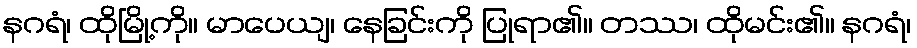
နဂရံ၊ ထိုမြို့ကို။ မာပေယျ၊ နေခြင်းကို ပြုရာ၏။ တဿ၊ ထိုမင်း၏။ နဂရံ၊